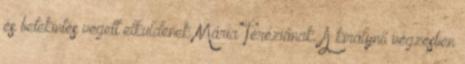
és betekintés végett elküldenek Mária Teréziának. A királynő végzésben